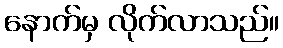
နောက်မှ လိုက်လာသည်။